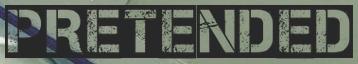
PRETENDED